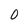
Character: 0